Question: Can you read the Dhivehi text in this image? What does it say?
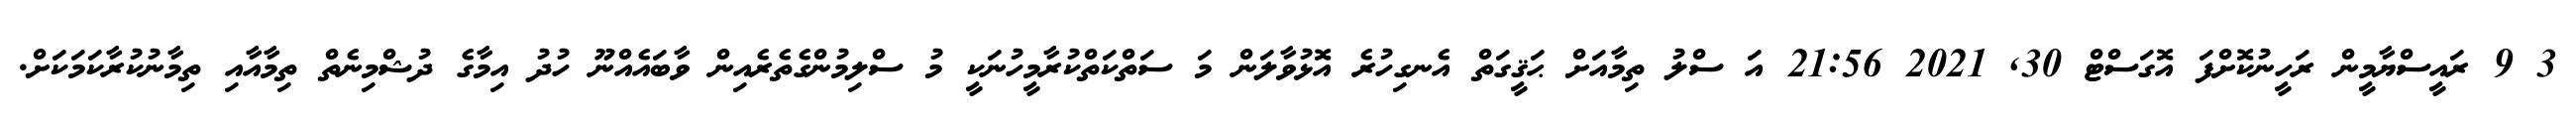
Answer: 3 9 ރައީސްޔާމީން ރަހީނުކޮށްފަ އޮގަސްޓް 30, 2021 21:56 އަ ސްލު ތިމާއަށް ޙަޤީގަތް އެނގިހުރެ އޮޅުވާލަން މަ ސަތްކަތްކުރާމީހުނަކީ މު ސްލިމުންގެތެރެއިން ވާބައެއްނޫ ހުދު އިމާގެ ދުޝްމިނެތް ތިމާއާއި ތިމާނުކުރާކަމަކަށް.